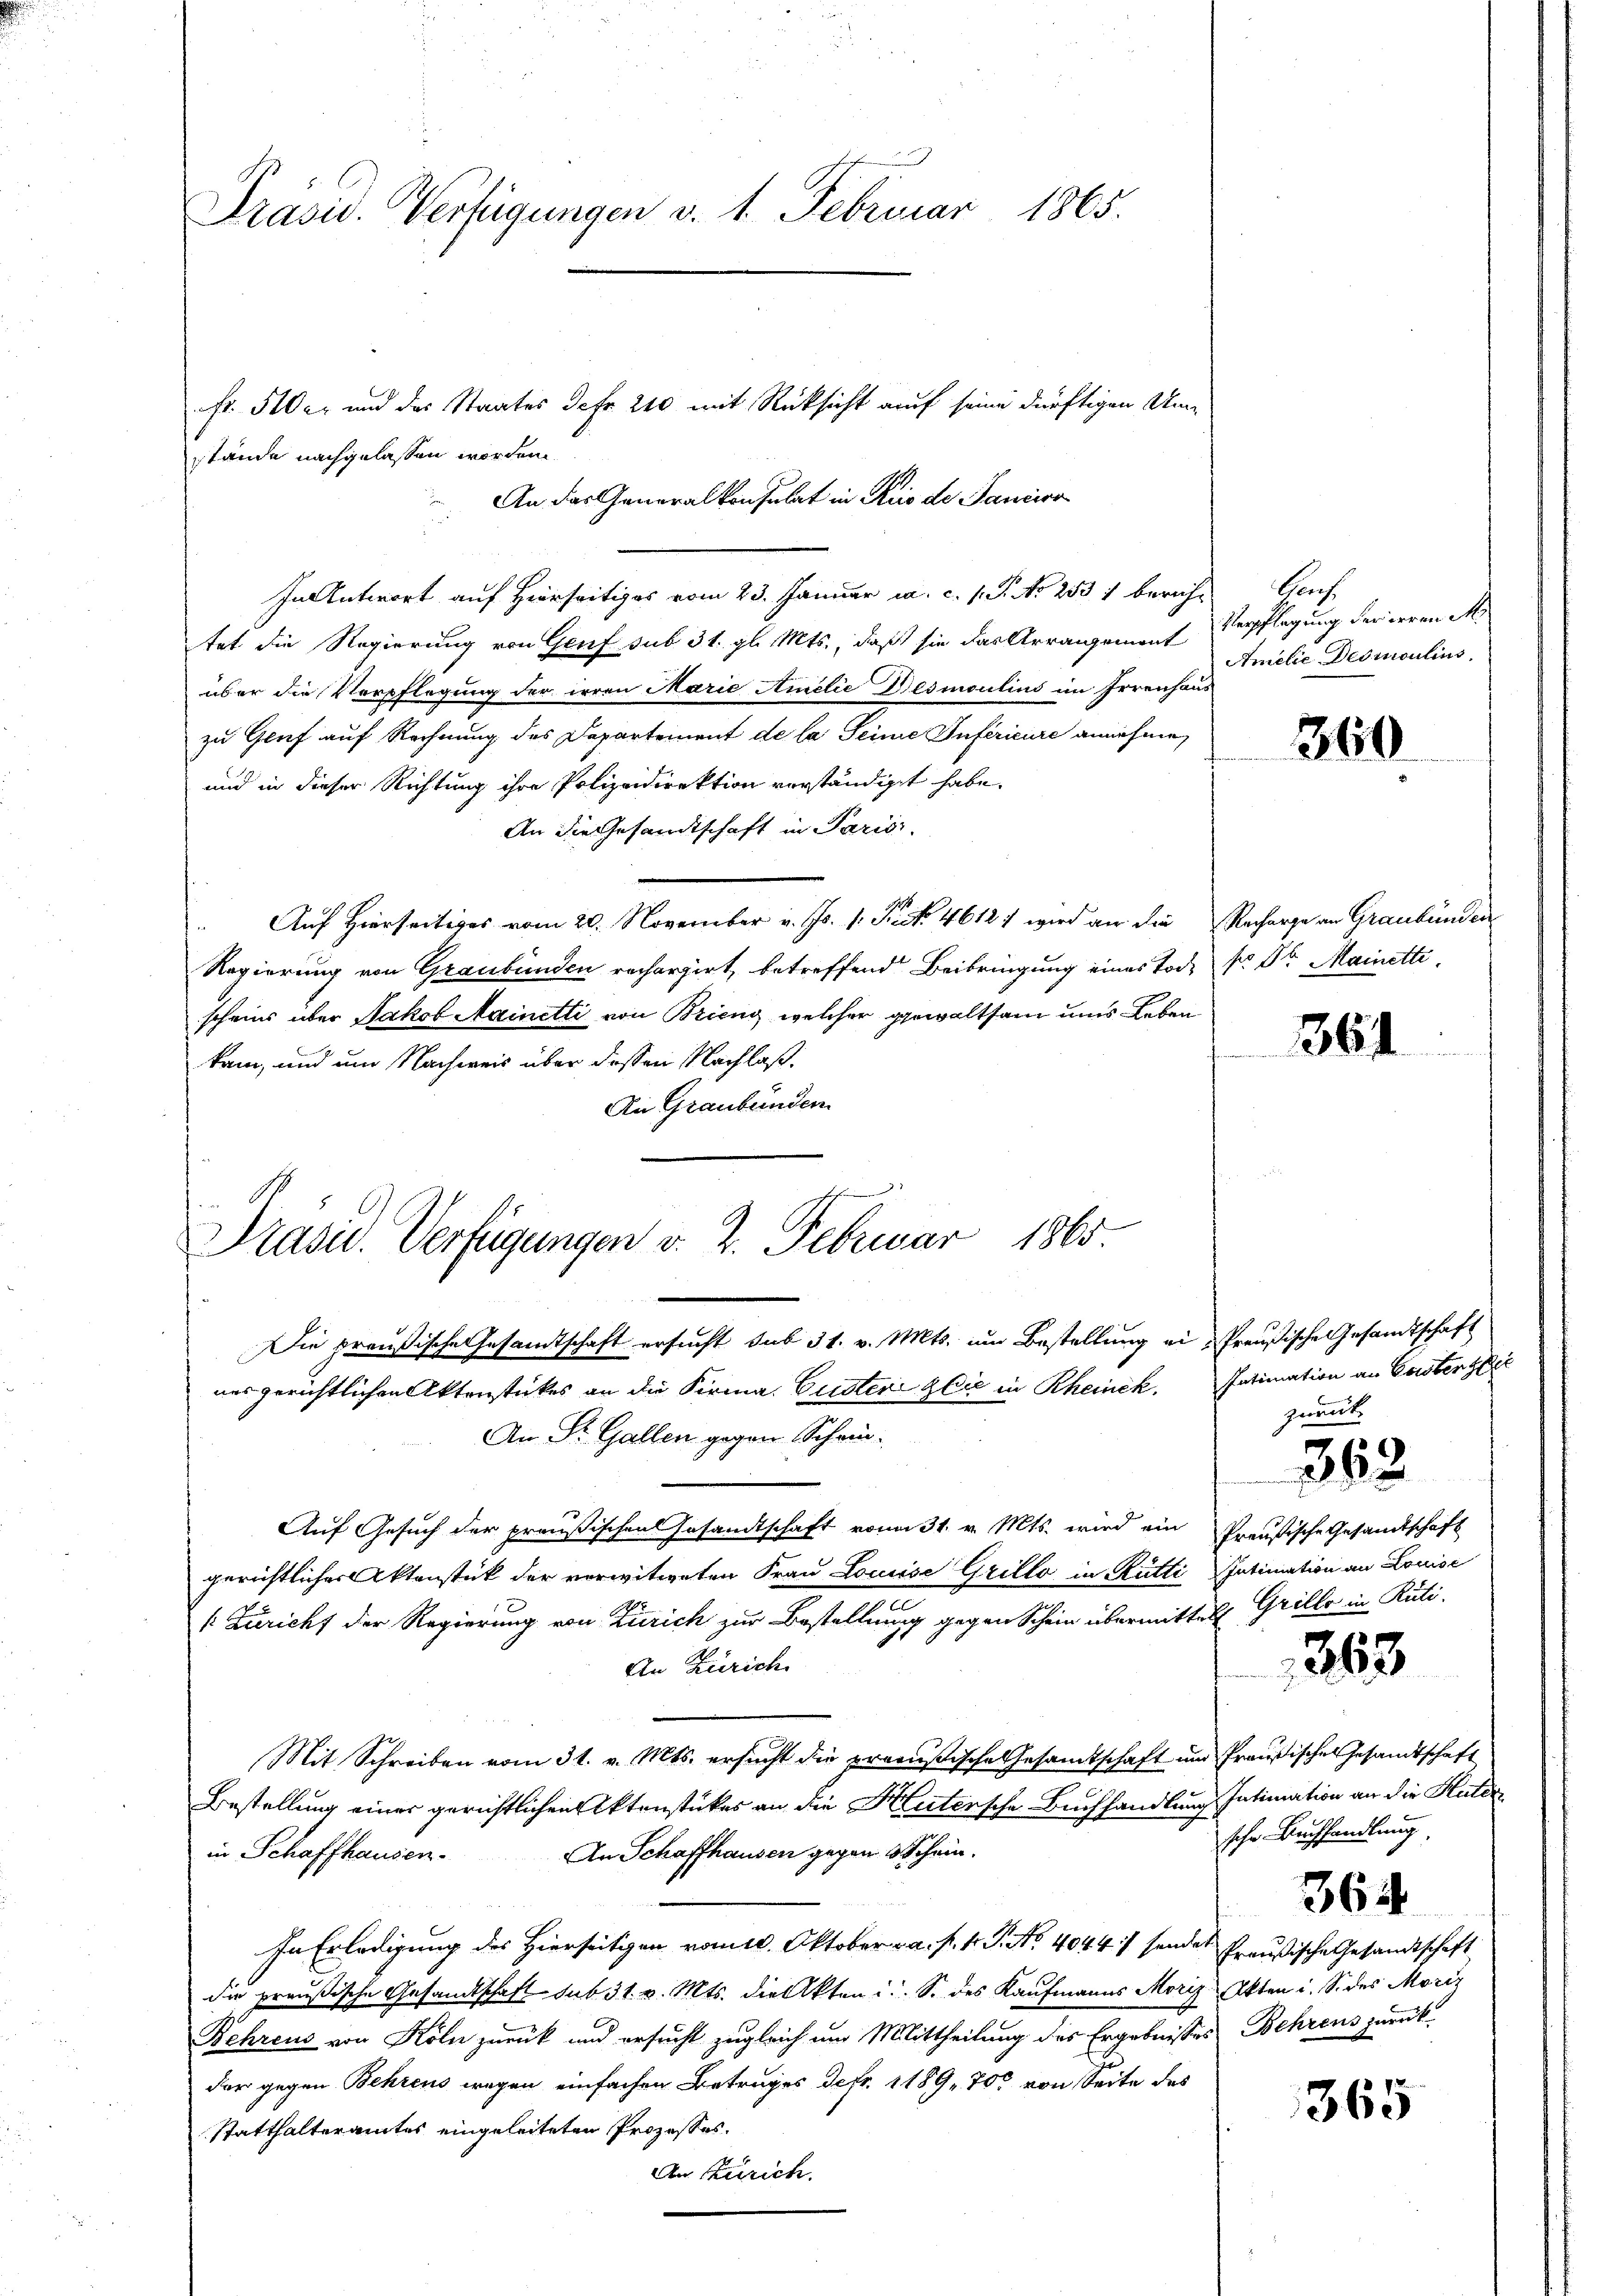
Präsid. Verfügungen v. 1. Februar 1865.

Fr. 510er und der Staates de Fr. 240 mit Rücksicht auf seine dürftigen Umstände nachgelassen worden
An das Generalkonsulat in Rio der Sancier
In Antwort auf Hierseitiges vom 23. Januar ca. c. s. S. No 2531 beriche Genf
tet die Regierung von Genf sub 31. gl. Mts., daß sie das Arrangement
über die Verpflegung der irren Marie Hinclie Desmoulins im Irrenhaus
zu Gruf auf Rechnung des Departement de la Seine Inférieure annehmen
und in dieser Richtung ihre Polizeidirektion vorständiget habe.
An die Gesandtschaft in Parisi
Auf Hierseitiges vom 20. November v. Js. 1. Fact. 46121 wird an die Recharge an Graubünden
Regierung von Graubünden rechargirt, betreffend Beibringung eines Tode Nr. Dr. Mainette,
scheins über Jakob Mainetti von Brieng, welcher gewaltsam ums Leben
kam, und um Nachweis über dessen Nachlaß.
An Graubünden
Die preußische Gesamtschaft ersucht sub 31. v. Mts. um Bestellung ein Preußische Gesandtschaft
ners gerichtlichen Aktenstückes an die Firma. Guster Glic in Rheinek. Intimation an Geister zei
An St. Gallen gegen Schri¬
Auf Gesuch der preußischen Gesandtschaft vom 31. v. Mts. wird ein Preußische Gesandtschaft
gerichtlicher Aktenstück der verwitweten Frau Louise Grillo in Rütti Intimation an Louise
a
k Züricht der Regierung von Zürich zur Bestellung gegen Schein übermittel Grille in Ruti-
An Zürich
Mit Schreiben vom 31. v. Mts. ersucht die preußische Gesamtschaft und Preußisches Gesandtschaft
Bestellung einer gerichtlichen Aktenstückes an die Heitersche Buchhandlung Intimation an die Hutir¬
An Schaffhausen gegen 3 Schein.
in Schaffhausen.
In Erledigung des Hierseitigen vom 10. Oktober v. a. p. 1. P. No. 4044. / sendes Preußische Gesandtschaft
die preußische Gesandtschaft sub 31. v. Mts. die Akten u. S. des Kaufmanns Moriz Akten i. S. des Moriz
Behrens von Köln zurück und ersucht zugleich um Mittheilung des Ergebnisses Behrens zurückder gegen Behrens wegen einfachen Betruges defr. 1189, 700 von Seite des
Statthalteramtes eingeleiteten Prozesses.
An Zürich.

Präsid. Verfügungen v. 2. Februar 1865

Verpflegung Ferieren M.
Amelie Deduioulins.

360

864

zwant

362

263

sche Buchhandlung
364

365